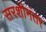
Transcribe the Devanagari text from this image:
सरशीनंतर